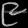
Digit: ၉